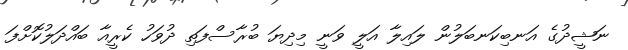
ނަޝީދުގެ އަނބިކަނބަލުން ލައިލާ އަލީ ވަނީ މިދިޔަ ބުރާސްފަތި ދުވަހު ކެރީއާ ބައްދަލުކޮށްފަ